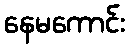
နေမကောင်း